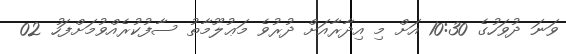
ވަނަ ދުވަހުގެ 10:30 އަށް މި އިދާރާއަށް ދުރުވެ މަޢުލޫމާތު ސާފުކުރެއްވުމަށްފަހު 02